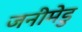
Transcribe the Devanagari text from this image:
जनीमेडु